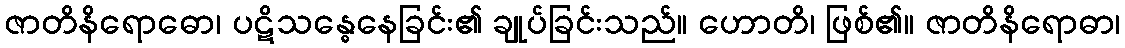
ဇာတိနိရောဓော၊ ပဋိသန္ဓေနေခြင်း၏ ချုပ်ခြင်းသည်။ ဟောတိ၊ ဖြစ်၏။ ဇာတိနိရောဓာ၊